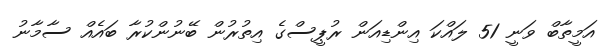
އަމީތާބް ވަނީ 51 ލައްކަ އިންޑިއަން ރުޕީސްގެ އިތުރުން ބޭނުންކުރާ ބައެއް ސާމާނު